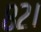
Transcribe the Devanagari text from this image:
८२।